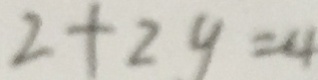
2 + 2 y = 4